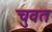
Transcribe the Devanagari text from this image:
चुवत